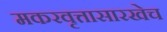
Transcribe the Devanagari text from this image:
मकरवृत्तासारखेच